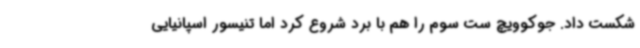
شکست داد. جوکوویچ ست سوم را هم با برد شروع کرد اما تنیسور اسپانیایی